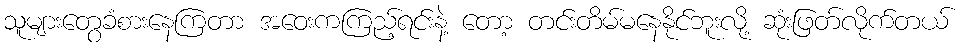
သူများတွေခံစားနေကြတာ အဝေးကကြည့်ရင်းနဲ့ တော့ တင်းတိမ်မနေနိုင်ဘူးလို့ ဆုံးဖြတ်လိုက်တယ်